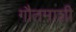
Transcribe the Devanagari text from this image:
गौतमाशी